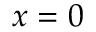
x = 0